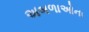
અબળાઓના